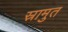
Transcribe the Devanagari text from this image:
स्रामुत